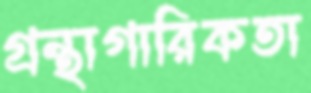
গ্রন্থাগারিকতা